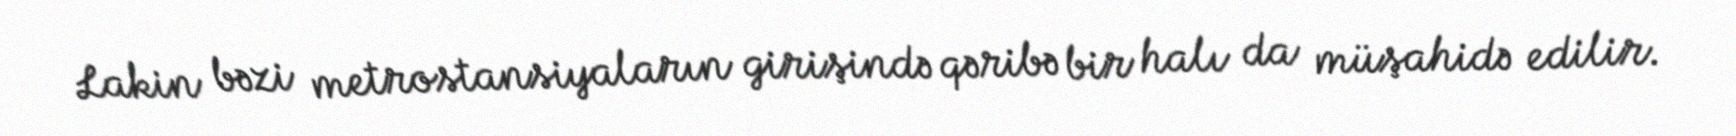
Lakin bəzi metrostansiyaların girişində qəribə bir halı da müşahidə edilir.